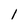
Character: 1